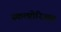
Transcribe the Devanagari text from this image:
स्कल्प्टोरिअस